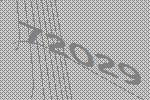
72029